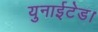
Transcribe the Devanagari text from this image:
युनाईटेड।